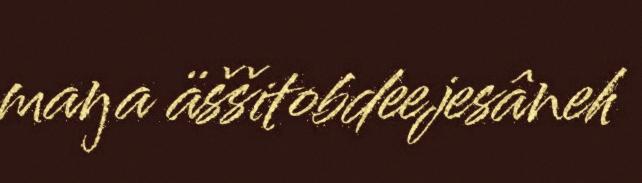
maŋa äššitobdeejesâneh